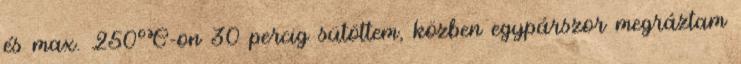
és max. 250°C-on 30 percig sütöttem, közben egypárszor megráztam